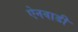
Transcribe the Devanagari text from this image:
ऐनवाडी